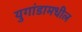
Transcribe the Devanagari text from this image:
युगांडामधील